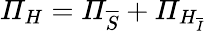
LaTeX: \mathit{\Pi}_{H}=\mathit{\Pi}_{\overline{{S}}}+\mathit{\Pi}_{H_{\overline{{I}}}}